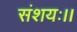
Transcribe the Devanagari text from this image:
संशयः।।